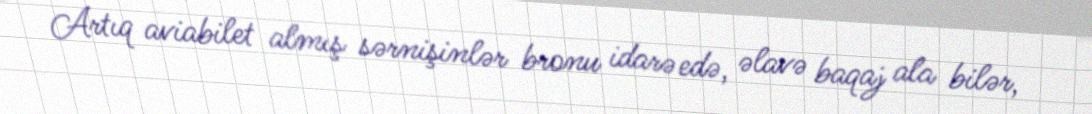
Artıq aviabilet almış sərnişinlər bronu idarə edə, əlavə baqaj ala bilər,